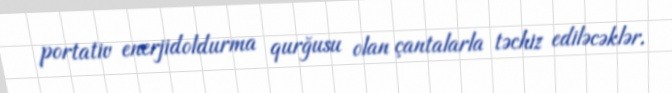
portativ enerjidoldurma qurğusu olan çantalarla təchiz ediləcəklər.